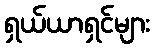
ရှယ်ယာရှင်များ